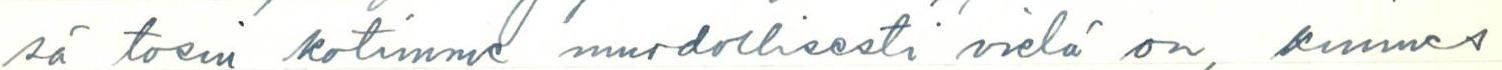
sä tosin kotimme muodollisesti vielä on, kunnes